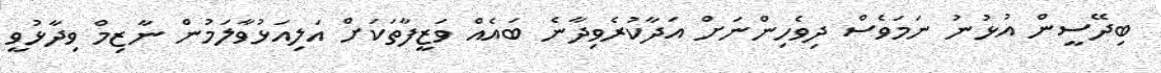
ބިދޭސީން އުޅުނު ނަމަވެސް ދިވެހިންނަށް އަދާކުރެވިދާނެ ބައެއް ވަޒީފާތަކަށް އަލިއަޅުވާލަމުން ނާޒިމް ވިދާޅުވީ